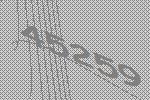
45259